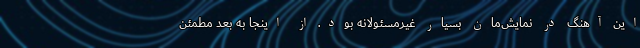
این آهنگ در نمایش‌مان بسیار غیرمسئولانه بود. از اینجا به بعد مطمئن